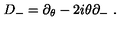
D _ { - } = \partial _ { \theta } - 2 i \theta \partial _ { - } \ .